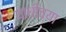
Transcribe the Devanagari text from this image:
याधीच्या